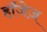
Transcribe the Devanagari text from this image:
हॉजेज़